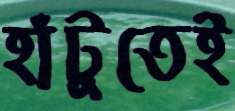
হাঁটুতেই